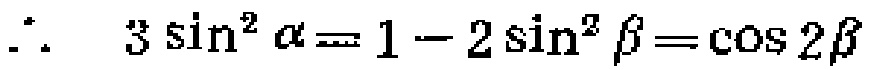
\(\therefore\ 3\sin^{2}\alpha = 1 - 2\sin^{2}\beta=\cos 2\beta\)